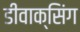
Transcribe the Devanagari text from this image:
डीवाक्सिंग